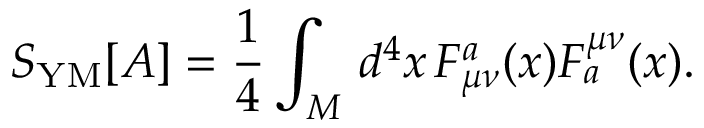
S _ { \mathrm { Y M } } [ A ] = \frac { 1 } { 4 } \int _ { \cal M } \, d ^ { 4 } x \, F _ { \mu \nu } ^ { a } ( x ) F _ { a } ^ { \mu \nu } ( x ) .